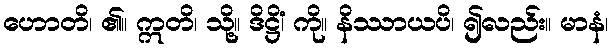
ဟောတိ၊ ၏။ ဣတိ၊ သို့။ ဒိဋ္ဌိံ၊ ကို။ နိဿာယပိ၊ ၍လည်း။ မာနံ၊